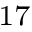
^ { 1 7 }